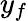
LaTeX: y_{f}